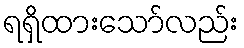
ရရှိထားသော်လည်း